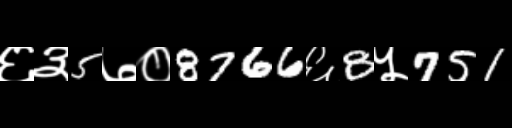
Text: ६३5७०8766६8५751